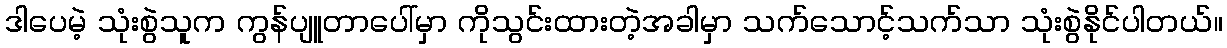
ဒါပေမဲ့ သုံးစွဲသူက ကွန်ပျူတာပေါ်မှာ ကိုသွင်းထားတဲ့အခါမှာ သက်သောင့်သက်သာ သုံးစွဲနိုင်ပါတယ်။